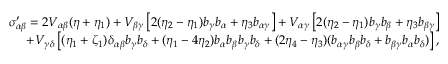
\begin{array} { r l r } { \sigma _ { \alpha \beta } ^ { \prime } = 2 V _ { \alpha \beta } ( \eta + \eta _ { 1 } ) + V _ { \beta \gamma } \left[ 2 ( \eta _ { 2 } - \eta _ { 1 } ) b _ { \gamma } b _ { \alpha } + \eta _ { 3 } b _ { \alpha \gamma } \right] + V _ { \alpha \gamma } \left[ 2 ( \eta _ { 2 } - \eta _ { 1 } ) b _ { \gamma } b _ { \beta } + \eta _ { 3 } b _ { \beta \gamma } \right] } & { } & \\ { + V _ { \gamma \delta } \left[ ( \eta _ { 1 } + \zeta _ { 1 } ) \delta _ { \alpha \beta } b _ { \gamma } b _ { \delta } + ( \eta _ { 1 } - 4 \eta _ { 2 } ) b _ { \alpha } b _ { \beta } b _ { \gamma } b _ { \delta } + ( 2 \eta _ { 4 } - \eta _ { 3 } ) ( b _ { \alpha \gamma } b _ { \beta } b _ { \delta } + b _ { \beta \gamma } b _ { \alpha } b _ { \delta } ) \right] , } & { } & \end{array}